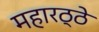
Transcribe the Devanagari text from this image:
महारठ्ठे